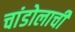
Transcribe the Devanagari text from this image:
चांडोलाची